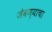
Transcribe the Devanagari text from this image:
जेवण्याचा